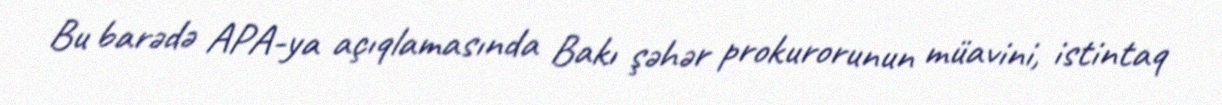
Bu barədə APA-ya açıqlamasında Bakı şəhər prokurorunun müavini, istintaq